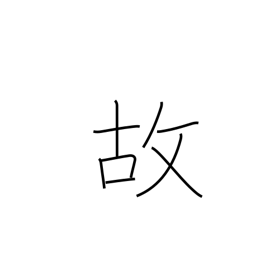
Meaning: happenstance